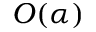
O ( \alpha )